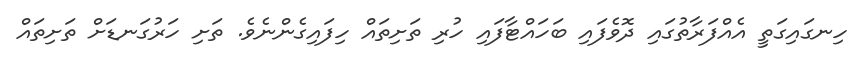
ހިނގައިގަތީ އެއްފަރާތުގައި ދޮވެފައި ބަހައްޓާފައި ހުރި ތަށިތައް ހިފައިގެންނެވެ. ތަށި ހަރުގަނޑަށް ތަށިތައް